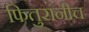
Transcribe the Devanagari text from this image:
फितुरांनीच